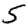
Digit: 5